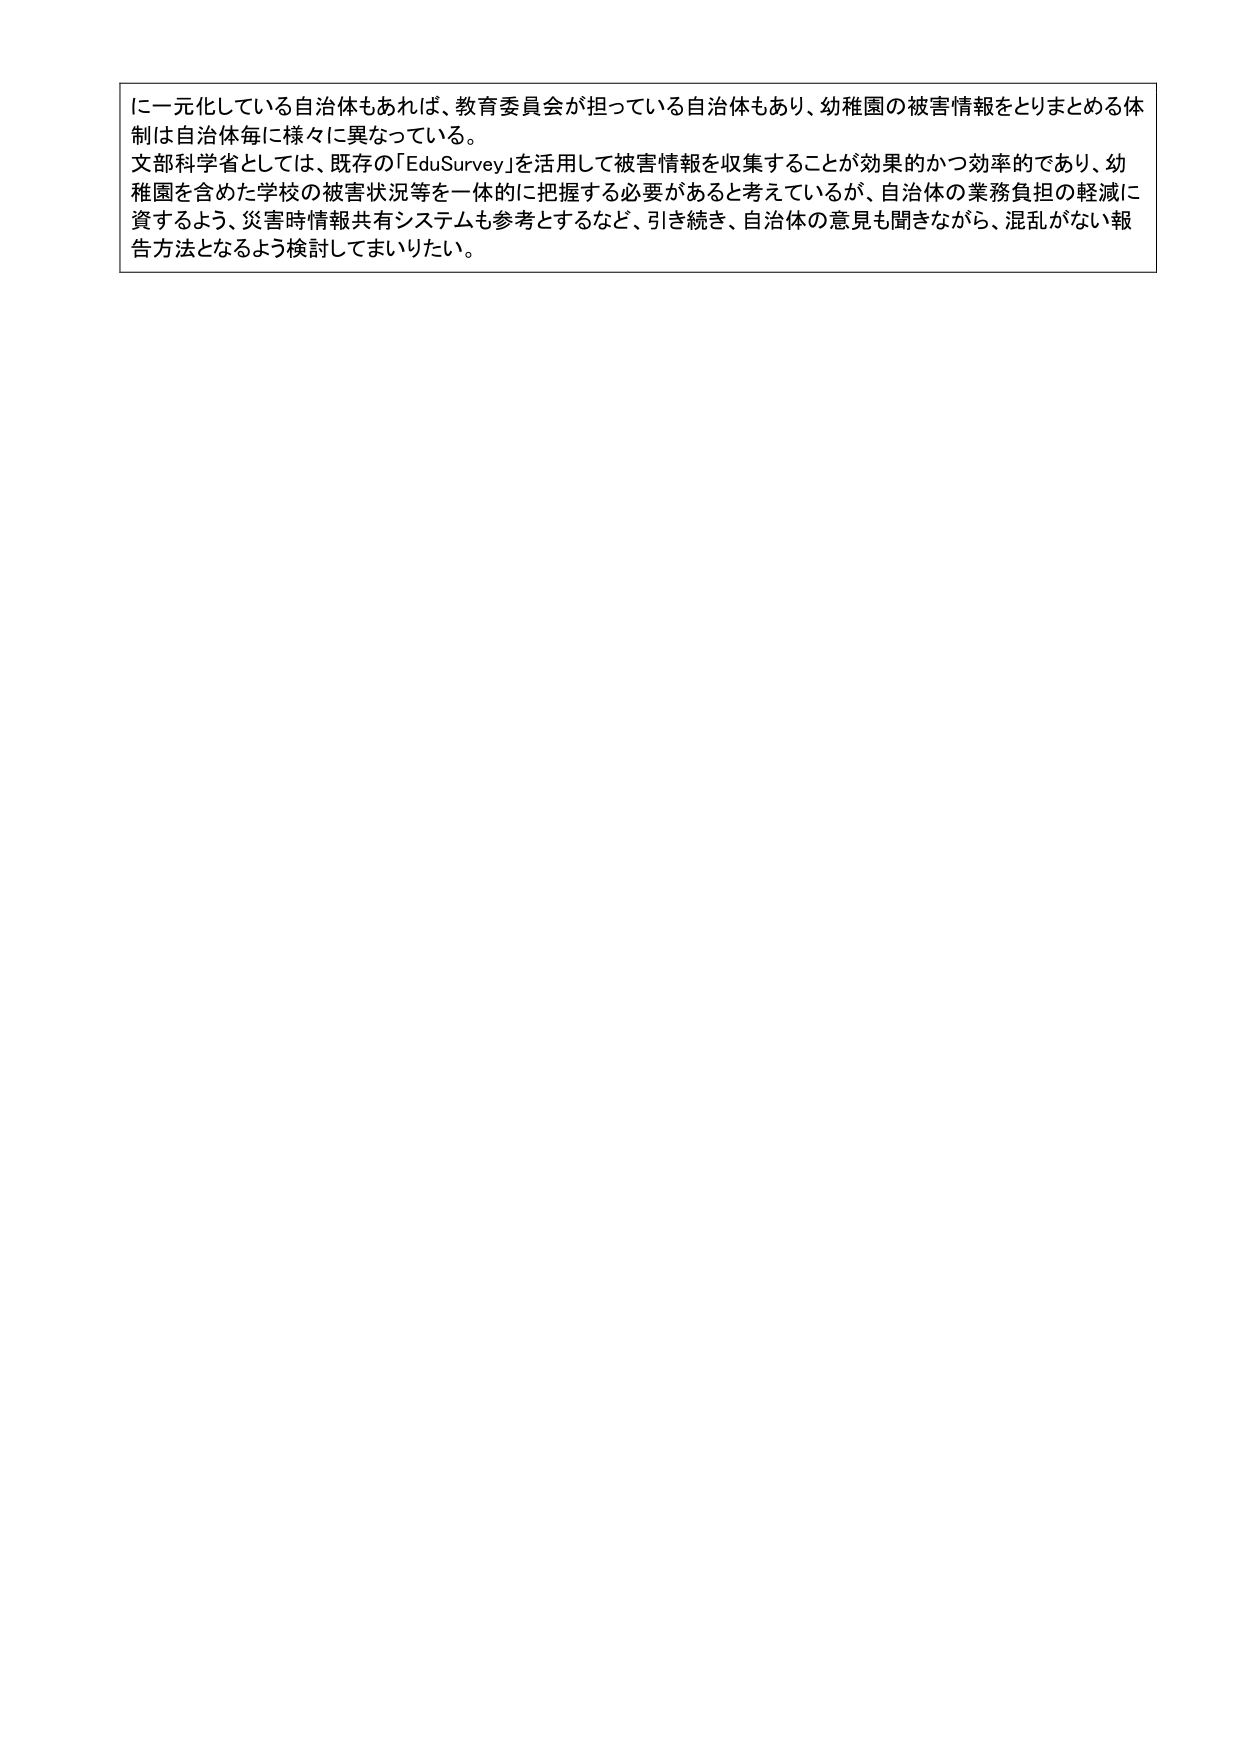
に一元化している自治体もあれば、教育委員会が担っている自治体もあり、幼稚園の被害情報をとりまとめる体制は自治体毎に様々に異なっている。

文部科学省としては、既存の「EduSurvey」を活用して被害情報を収集することが効果的かつ効率的であり、幼稚園を含めた学校の被害状況等を一体的に把握する必要があると考えているが、自治体の業務負担の軽減に資するよう、災害時情報共有システムも参考とするなど、引き続き、自治体の意見も聞きながら、混乱がない報告方法となるよう検討してまいりたい。